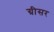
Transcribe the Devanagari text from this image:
ग्रीसर